Vital statistics of India. Vol. VI, European troops 1870-79
Year: 1870
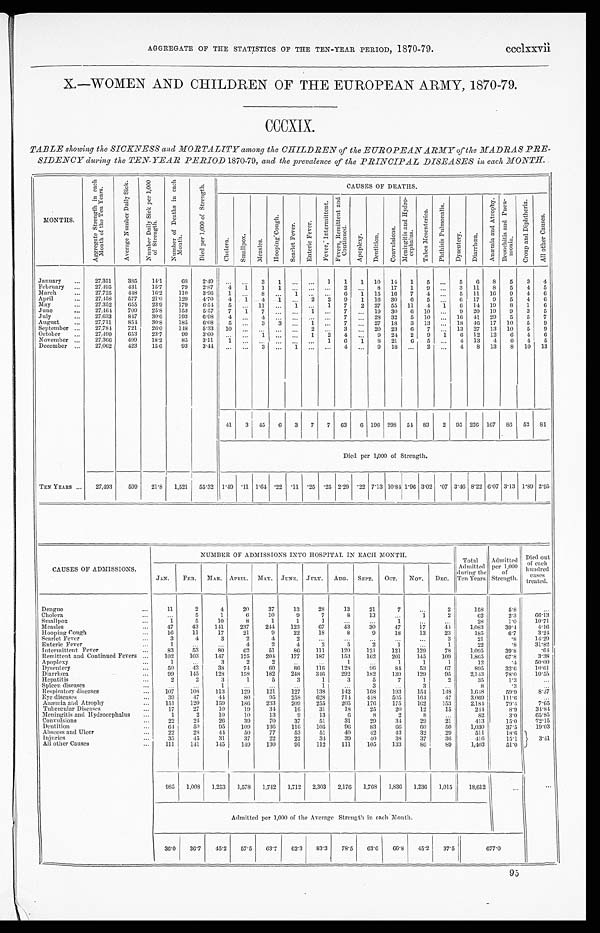
AGGREGATE OF THE STATISTICS OF THE TEN-YEAR PERIOD, 1870-79.
ccclxxvii
X.—WOMEN AND CHILDREN OF THE EUROPEAN ARMY, 1870-79.
CCCXIX.
TABLE showing the SICKNESS and MORTALITY among the CHILDREN of the EUROPEAN ARMY of the MADRAS PRE-
SIDENCY during the TEN-YEAR PERIOD 1870-79, and the prevalence of the PRINCIPAL DISEASES in each MONTH.
MONTHS.
A g g r e g a t e S t r e n g t h i n e a c h
M o n t h o f t h e T e n Y e a r s .
A v e r a g e N u m b e r D a i l y S i c k .
N u m b e r D a i l y S i c k p e r 1 , 0 0 0
o f S t r e n g t h .
N u m b e r o f D e a t h s i n e a c h
M o n t h .
D i e d p e r 1 , 0 0 0 o f S t r e n g t h .
CAUSES OF DEATHS.
C h o l e r a .
S m a l l p o x .
M e a s l e s .
H o o p i n g C o u g h .
S c a r l e t F e v e r .
E n t e r i c F e v e r .
F e v e r , I n t e r m i t t e n t .
F e v e r s , R e m i t t e n d a n d
Cont i nued.
A p o p l e x y .
D e n t i t i o n .
C o n v u l s i o n s .
M e n i n g i t i s a n d H y d r o -
c e p h a l u s .
T a b e s M e s e n t e r i c a .
P h t h i s i s P u l m o n a l i s .
D y s e n t e r y .
D i a r r h œ a .
A n æ m i a a n d A t r o p h y .
B r o n c h i t i s a n d p n e u -
moni a.
C r o u p a n d D i p h t h e r i a .
A l l o t h e r C a u s e s .
January
...
27,351
385
14.1
68
2.49
...
. . .
3
1
. . . ...
1
1
1 10 14
1
5 ...
5
6
8
5
3
4
February ...
27,495
431
15.7
79
2.87
4
1
1
1
. . . ...
. . .
2
. . . 8 17
1
9
... 3 11
8
5
4
5
March
...
27,725
448
16.2
110
3.96
1 ...
8
. . .
1
. . . ...
6
1 15 16
7
4
. . . 5 11 16 9
4
6
April
. . .
27,458
577
21.0
129
4.70
4
1
4
1
. . .
2
2
9
1 16 30
6
5 ...
6 17
9
5
4
6
May
...
27,352
655
23.9
179
6.54
5 ...
11
. . . 1 ...
1
7
2 27 55 11
4
1
6
14 19
8
1
6
J u n e
...
27,464
709
25.8
153
5.57
7 1
7 ...
...
1 ...
7 ... 19 30
6 10 ...
9 20 19
9
3
5
July
...
27,633
847
30.6
193
6.98
4
. . .
4
. . .
. . .
. . .
. . . 7
. . . 28 32
5 10 ... 16 41 29
5
5
7
August
...
27,711
854
30.8
185
6.68
5 ...
3
3 ...
1 ...
7 ... 27 18
3 13 ... 18 46 17 10
5
9
September ...
27,784
721
26.0
148
5.33
10
...
...
...
. . . 2 ...
3
... 20 23
6
7 ... 13 27 13 10
5
9
October
. . .
27,499
653
23.7
99
3.60
... ...
1
. . .
. . . 1
2
4
. . . 9 24
2
9
1
6 12 12
6
4
6
November ...
27,366
499
1 8 . 2 85
3.11
1
...
. . .
. . .
. . .
. . . 1
6
1
8 21
6
5 ...
4 13
4
6
4
5
December ...
27,062
423
15.6
93
3.44
...
...
3 ...
1
. . . ...
4
. . . 9 18 ...
2 ...
4
8 13
8 10 13
41
3 45
6
3
7
7 63
6 196 298 54 83
2 95 226 167 86 52 81
Died per 1,000 of Strength.
TEN YEARS ...
27,493
599
21.8 1,521
55.32 1.49
.11 1.64 .22 .11 .25 .25 2.29 .22 7.13 10.84 1.96 3.02
. 0 7 3.46 8.22 6.07 3.13 1.89 2.95
NUMBER OF ADMISSIONS INTO HOSPITAL IN EACH MONTH.
Total
Admitted
during the
Ten Years.
Admitted
per 1,000
of
Strength.
Died out
of each
hundred
cases
treated.
CAUSES OF ADMISSIONS.
JAN.
FEB.
MAR. APRIL. MAY. JUNE. JULY.
AUG.
SEPT.
OCT.
NOV.
DEC.
Dengue
...
11
2
4
20
37
13
28
13
21
7
...
2
158
5.8
...
Cholera
...
...
5
1
6
10
9
7
8
13
...
1
2
62
2.3
66.13
Smallpox
...
1
5
10
8
1
1
1
...
. . .
1
...
...
28
1.0
10.71
Measles
...
47
43
141
237
244
123
67
43
30
47
17
44
1,083
39.4
4.16
Hooping Cough
...
16
11
17
21
9
22
18
8
9
18
13
23
185
6.7
3.24
Scarlet Fever
...
3
4
3
2
4
2
...
...
...
...
...
3
21
.8
14.29
Enteric Fever
...
1
...
...
4
2
4
2
5
2
1
...
1
22
. 8
31.82
Intermittent Fever
...
83
53
80
62
51
86
111
120
121
121
129
78
1,095
39.8
.64
Remittent and Continued Fevers ...
102
103
147
175
204
177
187
153
162
201
145
109
1,865
67.8
3.38
Apoplexy
...
1
...
3
2
2
..
...
1
...
1
1
1
12
.4
50.00
Dysentery
...
50
43
38
74
60
86
116
128
96
84
53
67
895
32.6
10.61
Diarrhœa.
...
99
145
128
158
182
248
346
292
182
139
129
95
2,143
78.0
10.55
Hepatitis
...
2
2
3
1
5
3
1
3
5
7
1
2
35
1.3
...
Spleen diseases
...
...
...
1
...
...
...
1
...
3
...
3
...
8
.3
...
Respiratory diseases
...
107
108
113
129
121
127
138
142
168
193
154
148
1,648
59.9
8.37
Eye diseases
...
39
47
4 4
80
95
258
628
714
448
505
164
47
3,069
111.6
...
Anæmia and Atrophy
...
151
120
159
186
233
209
255
205
176
175
162
153
2,184
79.4
7.65
Tubercular Diseases
...
17
27
10
19
34
16
31
18
25
20
12
15
244
8.9
34.84
Meningitis and Hydrocephalus
...
1
2
10
10
13
9
13
6
8
2
8
...
82
3.0
65.85
Convulsions
...
22
2 4
26
39
70
37
51
31
29
34
29
21
413
15.0
72.15
Dentition
...
64
50
95
109
136
116
105
96
83
66
60
50
1,030
37.5
19.03
Abscess and Ulcer
...
22
28
44
50
77
53
51
40
42
43
32
29
511
18.6
3.41
Injuries
...
35
45
31
37
22
22
34
39
40
38
37
36
416
15.1
All other Causes
...
111
141
145
149
130
91
112
111
105
133
86
89
1,403
51.0
9 8 5
1,008
1,253
1,578
1,742
1,712
2,303
2,176
1,768
1,836
1,236
1,015
18,612
. . .
. . .
Admitted per 1,000 of the Average Strength in each Month.
36.0
36.7
45.2
57.5
63.7
62.3
83.3
78.5
63.6
66.8
45.2
37.5
677.0
95